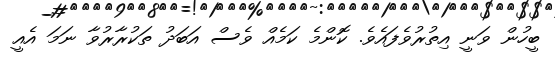
ބީހުން ވަނީ އިތުރުވެފައެވެ. ކޮންމެ ކަމެއް ވެސް އަބަދު ތަކުރާރުވާ ނަމަ އެއީ